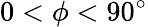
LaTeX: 0<\phi<90^{\circ}